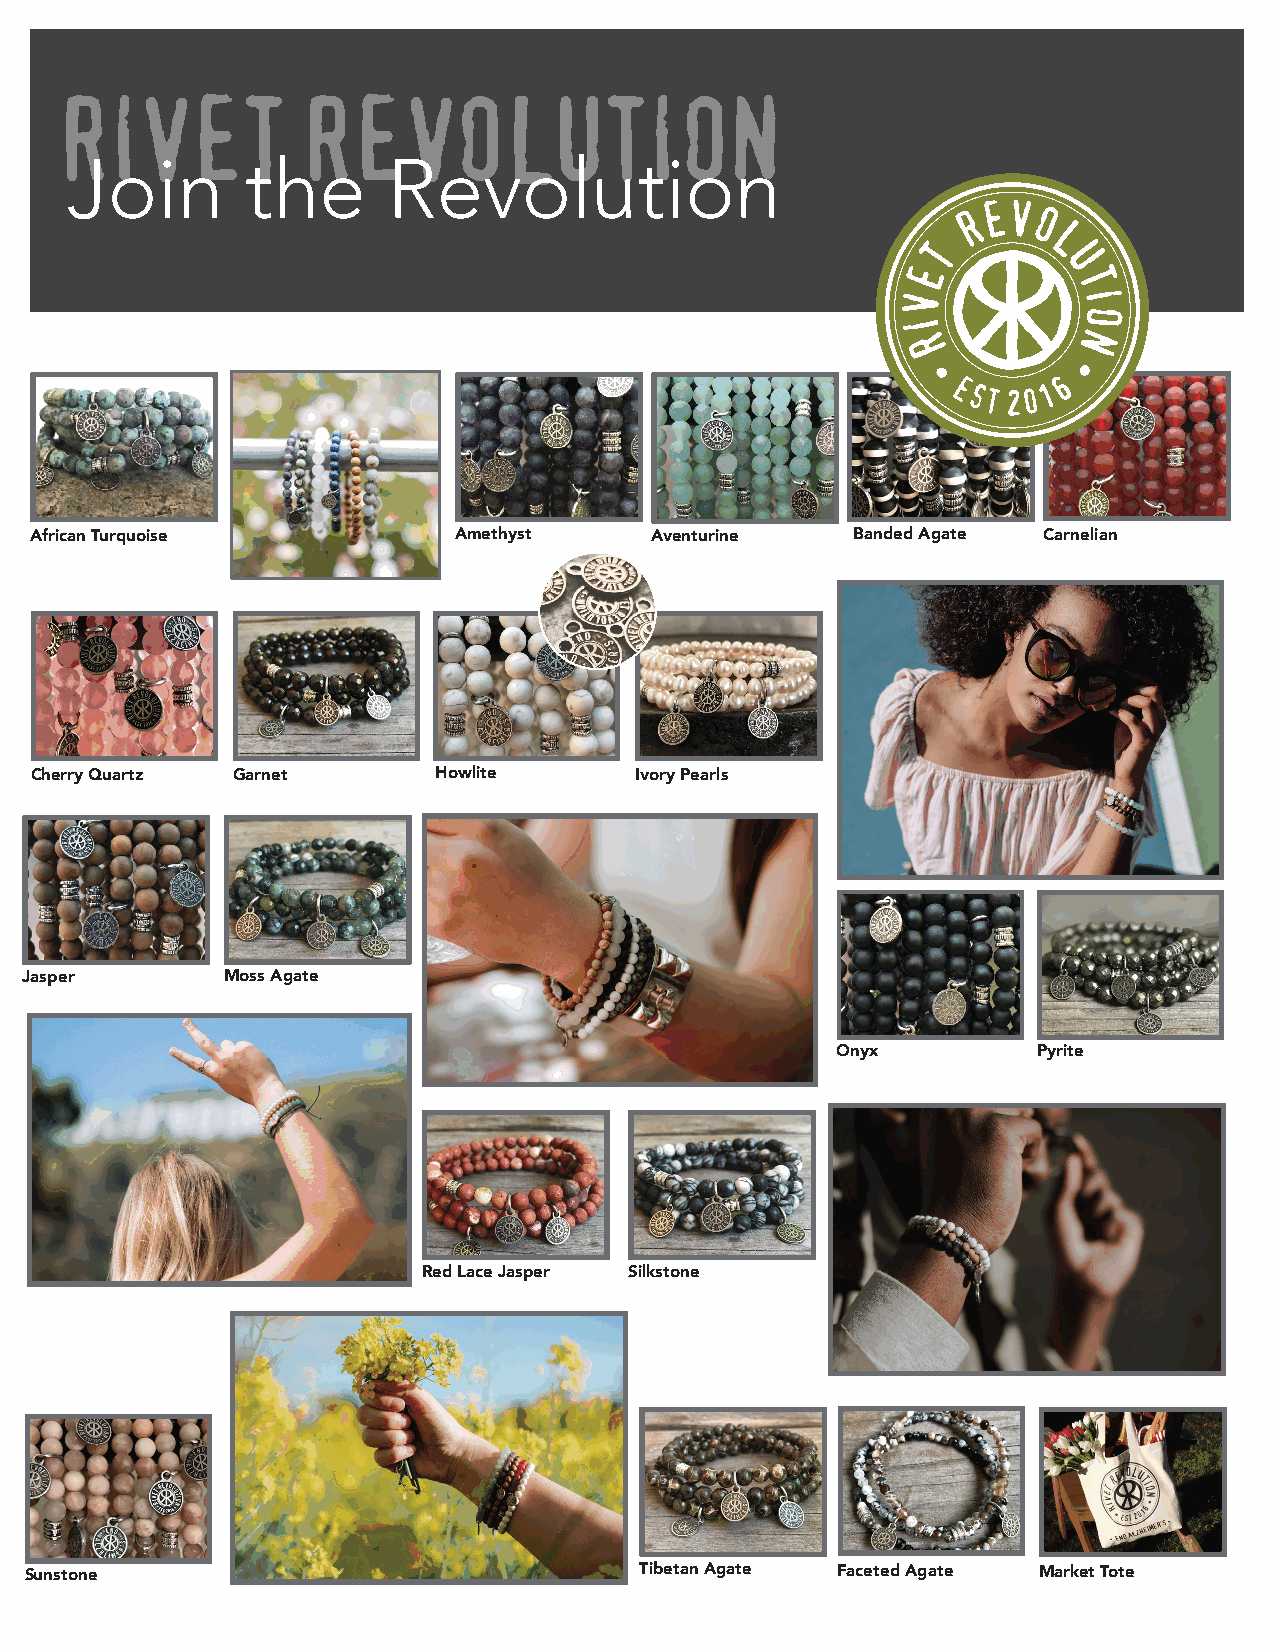
RIVET           REVOLUTION
 Join        the       Revolution
 African Turquoise           Amethyst     Aventurine    Banded Agate Carnelian
 Cherry Quartz Garnet       Howlite      Ivory Pearls
 Jasper        Moss Agate
 Onyx          Pyrite
 Red Lace Jasper Silkstone
 Sunstone                                Tibetan Agate Faceted Agate Market Tote